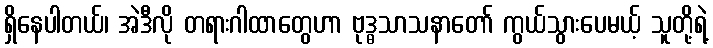
ရှိနေပါတယ်၊ အဲဒီလို တရားဂါထာတွေဟာ ဗုဒ္ဓသာသနာတော် ကွယ်သွားပေမယ့် သူတို့ရဲ့